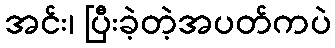
အင်း၊ ပြီးခဲ့တဲ့အပတ်ကပဲ